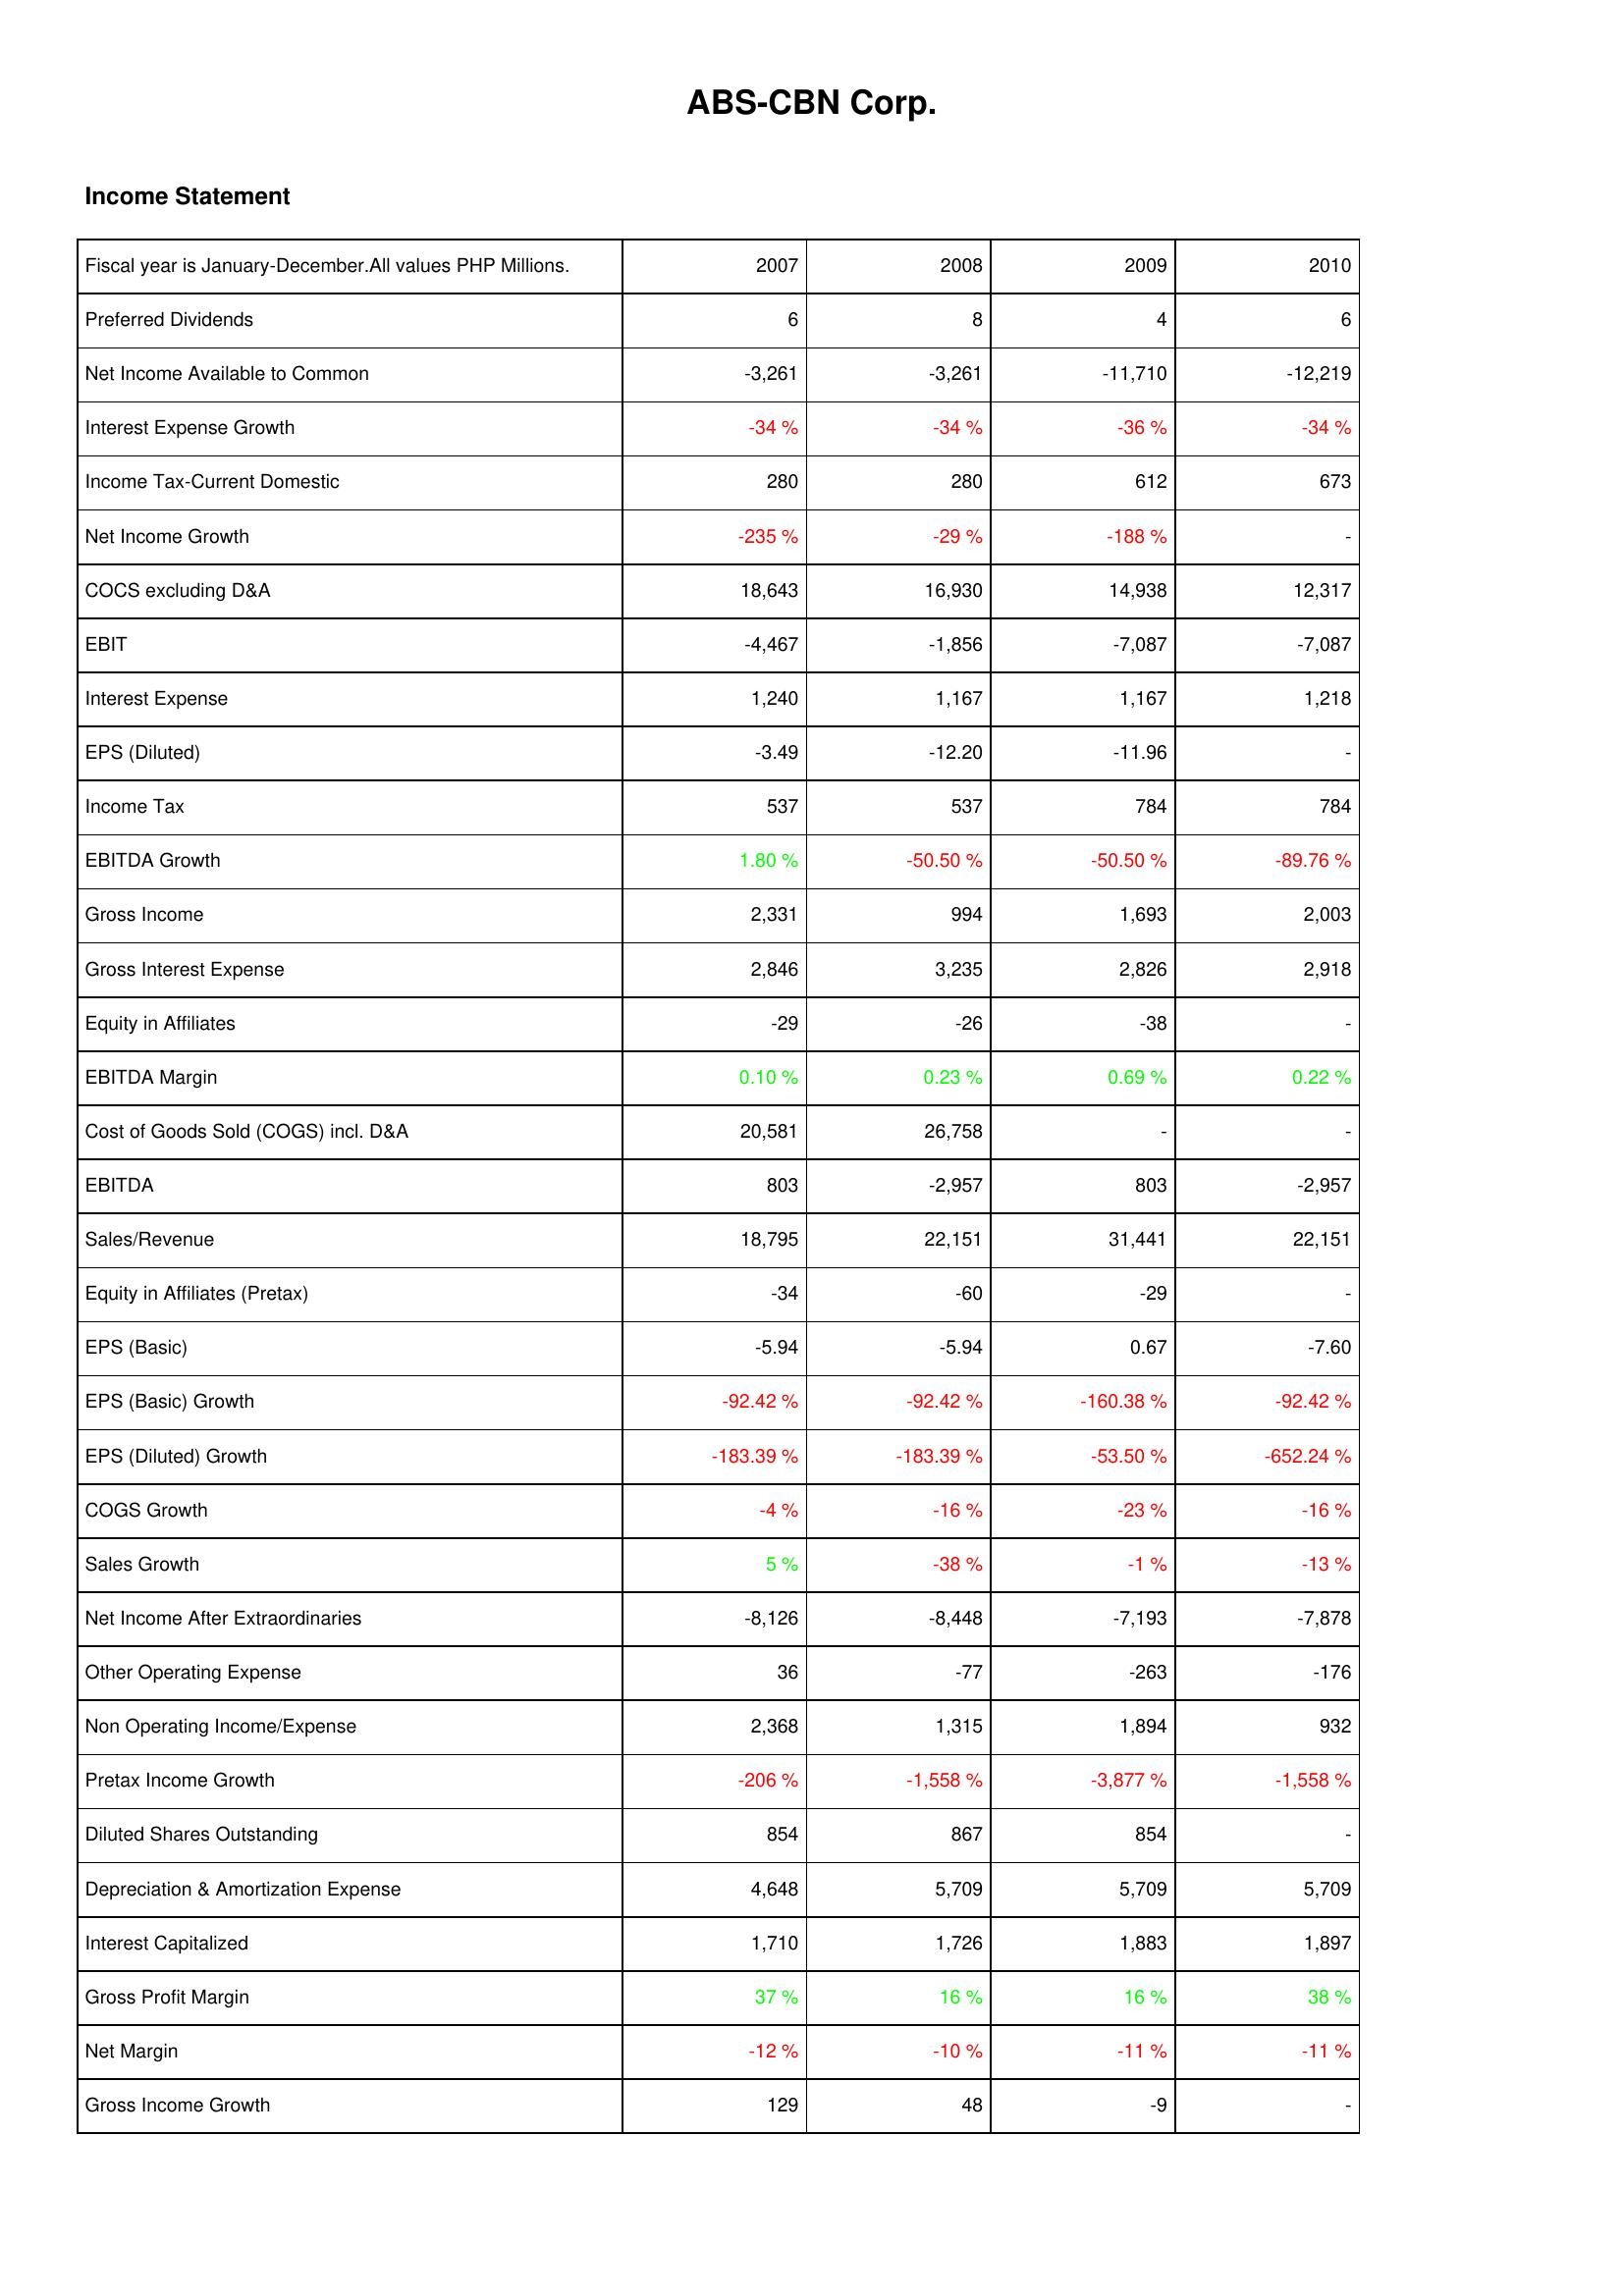
2007: Income Statement: Preferred Dividends: 6
Net Income Available to Common: -3,261
Interest Expense Growth: -34 %
Income Tax-Current Domestic: 280
Net Income Growth: -235 %
COCS excluding D&A: 18,643
EBIT: -4,467
Interest Expense: 1,240
EPS (Diluted): -3.49
Income Tax: 537
EBITDA Growth: 1.80 %
Gross Income: 2,331
Gross Interest Expense: 2,846
Equity in Affiliates: -29
EBITDA Margin: 0.10 %
Cost of Goods Sold (COGS) incl. D&A: 20,581
EBITDA: 803
Sales/Revenue: 18,795
Equity in Affiliates (Pretax): -34
EPS (Basic): -5.94
EPS (Basic) Growth: -92.42 %
EPS (Diluted) Growth: -183.39 %
COGS Growth: -4 %
Sales Growth: 5 %
Net Income After Extraordinaries: -8,126
Other Operating Expense: 36
Non Operating Income/Expense: 2,368
Pretax Income Growth: -206 %
Diluted Shares Outstanding: 854
Depreciation & Amortization Expense: 4,648
Interest Capitalized: 1,710
Gross Profit Margin: 37 %
Net Margin: -12 %
Gross Income Growth: 129
2008: Income Statement: Preferred Dividends: 8
Net Income Available to Common: -3,261
Interest Expense Growth: -34 %
Income Tax-Current Domestic: 280
Net Income Growth: -29 %
COCS excluding D&A: 16,930
EBIT: -1,856
Interest Expense: 1,167
EPS (Diluted): -12.20
Income Tax: 537
EBITDA Growth: -50.50 %
Gross Income: 994
Gross Interest Expense: 3,235
Equity in Affiliates: -26
EBITDA Margin: 0.23 %
Cost of Goods Sold (COGS) incl. D&A: 26,758
EBITDA: -2,957
Sales/Revenue: 22,151
Equity in Affiliates (Pretax): -60
EPS (Basic): -5.94
EPS (Basic) Growth: -92.42 %
EPS (Diluted) Growth: -183.39 %
COGS Growth: -16 %
Sales Growth: -38 %
Net Income After Extraordinaries: -8,448
Other Operating Expense: -77
Non Operating Income/Expense: 1,315
Pretax Income Growth: -1,558 %
Diluted Shares Outstanding: 867
Depreciation & Amortization Expense: 5,709
Interest Capitalized: 1,726
Gross Profit Margin: 16 %
Net Margin: -10 %
Gross Income Growth: 48
2009: Income Statement: Preferred Dividends: 4
Net Income Available to Common: -11,710
Interest Expense Growth: -36 %
Income Tax-Current Domestic: 612
Net Income Growth: -188 %
COCS excluding D&A: 14,938
EBIT: -7,087
Interest Expense: 1,167
EPS (Diluted): -11.96
Income Tax: 784
EBITDA Growth: -50.50 %
Gross Income: 1,693
Gross Interest Expense: 2,826
Equity in Affiliates: -38
EBITDA Margin: 0.69 %
Cost of Goods Sold (COGS) incl. D&A: -
EBITDA: 803
Sales/Revenue: 31,441
Equity in Affiliates (Pretax): -29
EPS (Basic): 0.67
EPS (Basic) Growth: -160.38 %
EPS (Diluted) Growth: -53.50 %
COGS Growth: -23 %
Sales Growth: -1 %
Net Income After Extraordinaries: -7,193
Other Operating Expense: -263
Non Operating Income/Expense: 1,894
Pretax Income Growth: -3,877 %
Diluted Shares Outstanding: 854
Depreciation & Amortization Expense: 5,709
Interest Capitalized: 1,883
Gross Profit Margin: 16 %
Net Margin: -11 %
Gross Income Growth: -9
2010: Income Statement: Preferred Dividends: 6
Net Income Available to Common: -12,219
Interest Expense Growth: -34 %
Income Tax-Current Domestic: 673
Net Income Growth: -
COCS excluding D&A: 12,317
EBIT: -7,087
Interest Expense: 1,218
EPS (Diluted): -
Income Tax: 784
EBITDA Growth: -89.76 %
Gross Income: 2,003
Gross Interest Expense: 2,918
Equity in Affiliates: -
EBITDA Margin: 0.22 %
Cost of Goods Sold (COGS) incl. D&A: -
EBITDA: -2,957
Sales/Revenue: 22,151
Equity in Affiliates (Pretax): -
EPS (Basic): -7.60
EPS (Basic) Growth: -92.42 %
EPS (Diluted) Growth: -652.24 %
COGS Growth: -16 %
Sales Growth: -13 %
Net Income After Extraordinaries: -7,878
Other Operating Expense: -176
Non Operating Income/Expense: 932
Pretax Income Growth: -1,558 %
Diluted Shares Outstanding: -
Depreciation & Amortization Expense: 5,709
Interest Capitalized: 1,897
Gross Profit Margin: 38 %
Net Margin: -11 %
Gross Income Growth: -